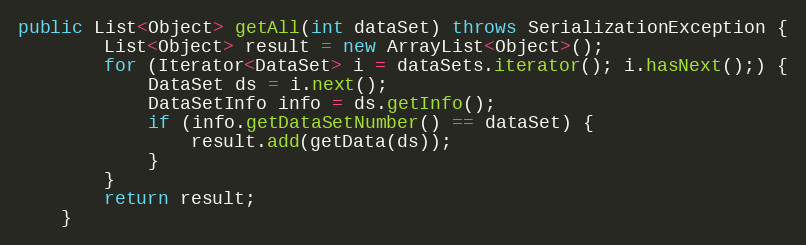
Language: Java
public List<Object> getAll(int dataSet) throws SerializationException {
		List<Object> result = new ArrayList<Object>();
		for (Iterator<DataSet> i = dataSets.iterator(); i.hasNext();) {
			DataSet ds = i.next();
			DataSetInfo info = ds.getInfo();
			if (info.getDataSetNumber() == dataSet) {
				result.add(getData(ds));
			}
		}
		return result;
	}